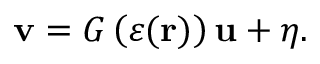
\mathbf { v } = G \left( \varepsilon ( \mathbf { r } ) \right) \mathbf { u } + \eta .